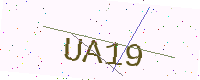
Text: UA19